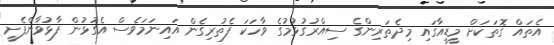
އެތައް ގޮތަކަށް މީޑީއާގައި މިދެތަރިންގެ ސިއްރުގުޅުމުގެ ވާހަކަ ފެތުރިގެން އައިނަމަވެސް އެގުޅުން ފާޅުވާންފެށީ